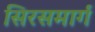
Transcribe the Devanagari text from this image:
सिरसमार्ग